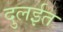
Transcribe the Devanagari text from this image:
दुलईत